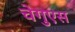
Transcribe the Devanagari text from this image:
चेगुएस